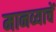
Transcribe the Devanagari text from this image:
मानव्याचें